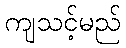
ကျသင့်မည်